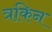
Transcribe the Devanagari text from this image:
त्रकिन